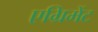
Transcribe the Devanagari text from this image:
एग्रिमेंट